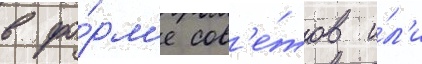
в фо́рм'е сов'е́тов и́л'и